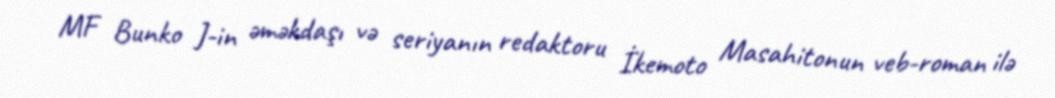
MF Bunko J-in əməkdaşı və seriyanın redaktoru İkemoto Masahitonun veb-roman ilə